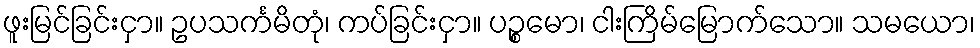
ဖူးမြင်ခြင်းငှာ။ ဥပသင်္ကမိတုံ၊ ကပ်ခြင်းငှာ။ ပဉ္စမော၊ ငါးကြိမ်မြောက်သော။ သမယော၊